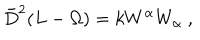
\bar { D } ^ { 2 } ( L - \Omega ) = k W ^ { \alpha } W _ { \alpha } \ ,